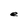
Character: e